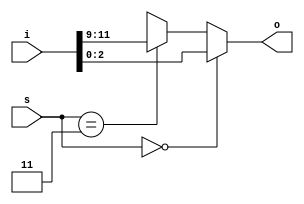
module mux_if_unbal_4_1_missing #(parameter N=5, parameter W=3) (input [N*W-1:0] i, input [$clog2(N)-1:0] s, output reg [W-1:0] o);
always @* begin
    if (s == 0) o <= i[0*W+:W];
    else if (s == 3) o <= i[3*W+:W];
    else o <= {W{1'bx}};
end
endmodule